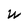
Character: W